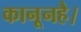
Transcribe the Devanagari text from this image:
कानूनहै।